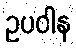
ဥပဝါန